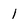
Character: 1